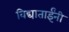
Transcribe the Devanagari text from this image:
विद्याताईंनी